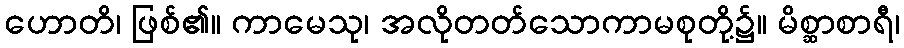
ဟောတိ၊ ဖြစ်၏။ ကာမေသု၊ အလိုတတ်သောကာမစုတို့၌။ မိစ္ဆာစာရီ၊